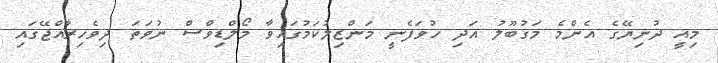
މިއީ ދުނިޔޭގެ އެންމެ މަގުބޫލު އަދި ހުވަފެނީ މަންޒިލުކަމުގައިވާ މޯލްޑިވްސް ނުވަތަ ދިވެހިރާއްޖޭގައި